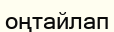
оңтайлап